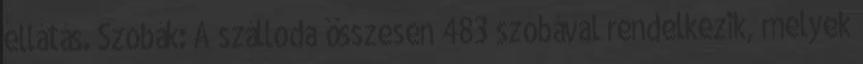
ellátás. Szobák: A szálloda összesen 483 szobával rendelkezik, melyek